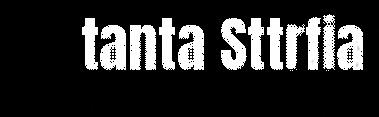
tanta Sttrfia